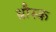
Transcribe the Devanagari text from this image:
थ्रौस्क